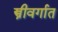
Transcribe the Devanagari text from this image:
स्त्रीवर्गात